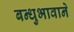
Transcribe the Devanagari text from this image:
बन्धुभावाने